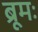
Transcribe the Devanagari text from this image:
ब्रूमः